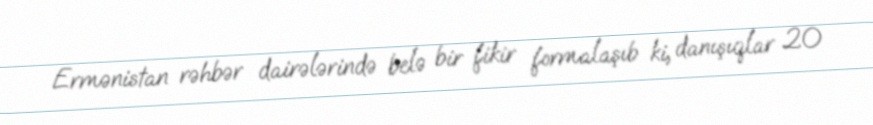
Ermənistan rəhbər dairələrində belə bir fikir formalaşıb ki, danışıqlar 20